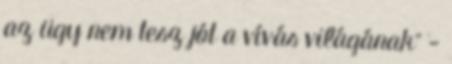
az ügy nem tesz jót a vívás világának" -